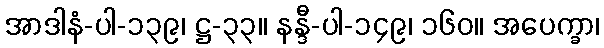
အာဒါနံ-ပါ-၁၃၉၊ ဋ္ဌ-၃၃။ နန္ဒီ-ပါ-၁၄၉၊ ၁၆၀။ အပေက္ခာ၊